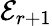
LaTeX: \mathcal{E}_{r+1}